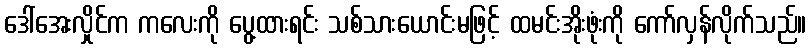
ဒေါ်အေးလှိုင်က ကလေးကို ပွေ့ထားရင်း သစ်သားယောင်းမဖြင့် ထမင်းအိုးဖုံးကို ကော်လှန်လိုက်သည်။